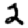
Digit: 2